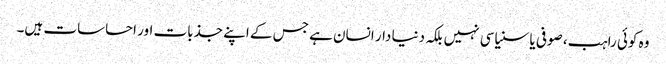
وہ کوئی راہب، صوفی یا سنیاسی نہیں بلکہ دنیا دار انسان ہے جس کے اپنے جذبات اور احساسات ہیں۔